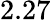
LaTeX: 2.27